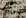
سييرا